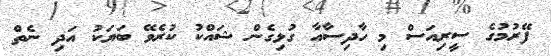
ފޭރުމުގެ ސީރިއަސް މި ހާދިސާއާ ގުޅިގެން ޝައްކު ކުރެވޭ ބަޔަކު އަދި ނެތް